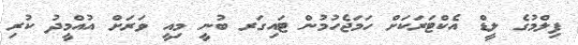
ފިލްމުގެ ލީޑް އެކްޓަރަކަށް ހަމަޖެހުމުން ޓައިގަރ ބުނީ މިއީ ވަރަށް އުއްމީދު ކުރި